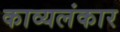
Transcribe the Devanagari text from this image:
काव्यलंकार